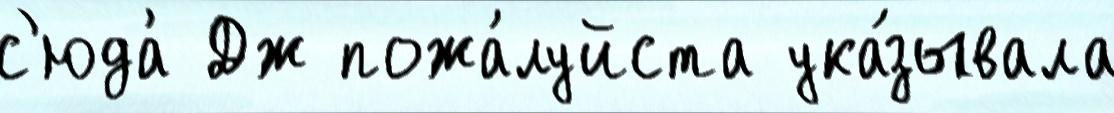
с'юда́ Дж пожа́луйста ука́зывала